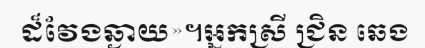
ដ៏វែងឆ្ងាយ»។អ្នកស្រី ជ្រិន ឆេង